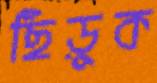
ছিঁড়ুক